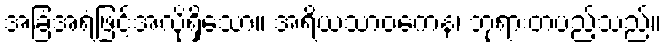
အခြံအရံဖြင့်အလိုရှိသော။ အရိယသာဝကေန၊ ဘုရားတပည့်သည်။